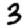
Digit: 3